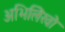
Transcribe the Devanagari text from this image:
अभिलिेखो